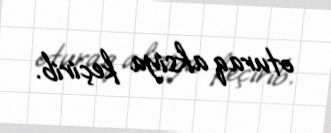
oturaq aksiya keçirib.